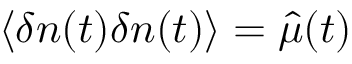
\langle \delta n ( t ) \delta n ( t ) \rangle = \hat { \mu } ( t )